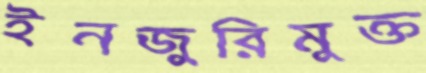
ইনজুরিমুক্ত